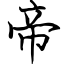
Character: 帝